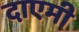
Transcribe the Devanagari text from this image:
दाएमी